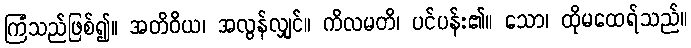
ကြံသည်ဖြစ်၍။ အတိဝိယ၊ အလွန်လျှင်။ ကိလမတိ၊ ပင်ပန်း၏။ သော၊ ထိုမထေရ်သည်။